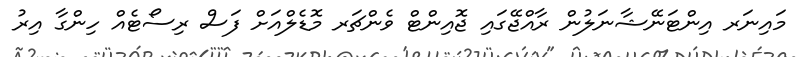
މައިނަރ އިންޓަނޭޝާނަލުން ރާއްޖޭގައި ޖޮއިންޓް ވެންޗަރ މޮޑެލްއަށް ފަސް ރިސޯޓެއް ހިންގާ އިރު